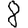
Digit: 8